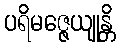
ပရိမဇ္ဇေယျုန္တိ